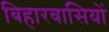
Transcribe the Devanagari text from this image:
बिहारवासियों